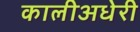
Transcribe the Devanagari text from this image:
कालीअधेरी